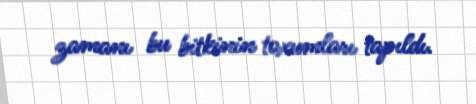
zamanı bu bitkinin toxumları tapıldı.